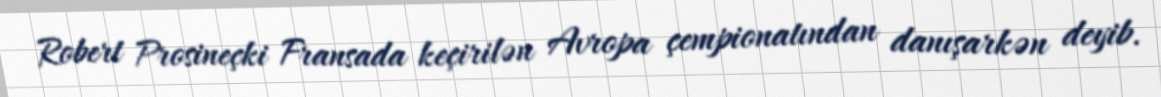
Robert Prosineçki Fransada keçirilən Avropa çempionatından danışarkən deyib.